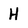
Character: H